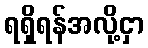
ရရှိရန်အလို့ငှာ